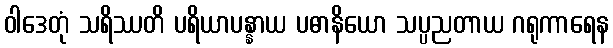
ဝါဒေတုံ သရိဿတိ ပရိယာပန္နာယ ပဓာနိယော သပ္ပညတာယ ဂရုကာရေန